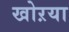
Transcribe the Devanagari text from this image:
खोऱया